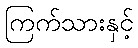
ကြက်သားနှင့်